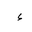
Letter: _hamza